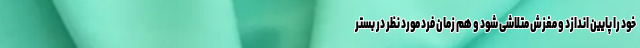
خود را پایین اندازد و مغزش متلاشی شود و هم زمان فرد مورد نظر در بستر